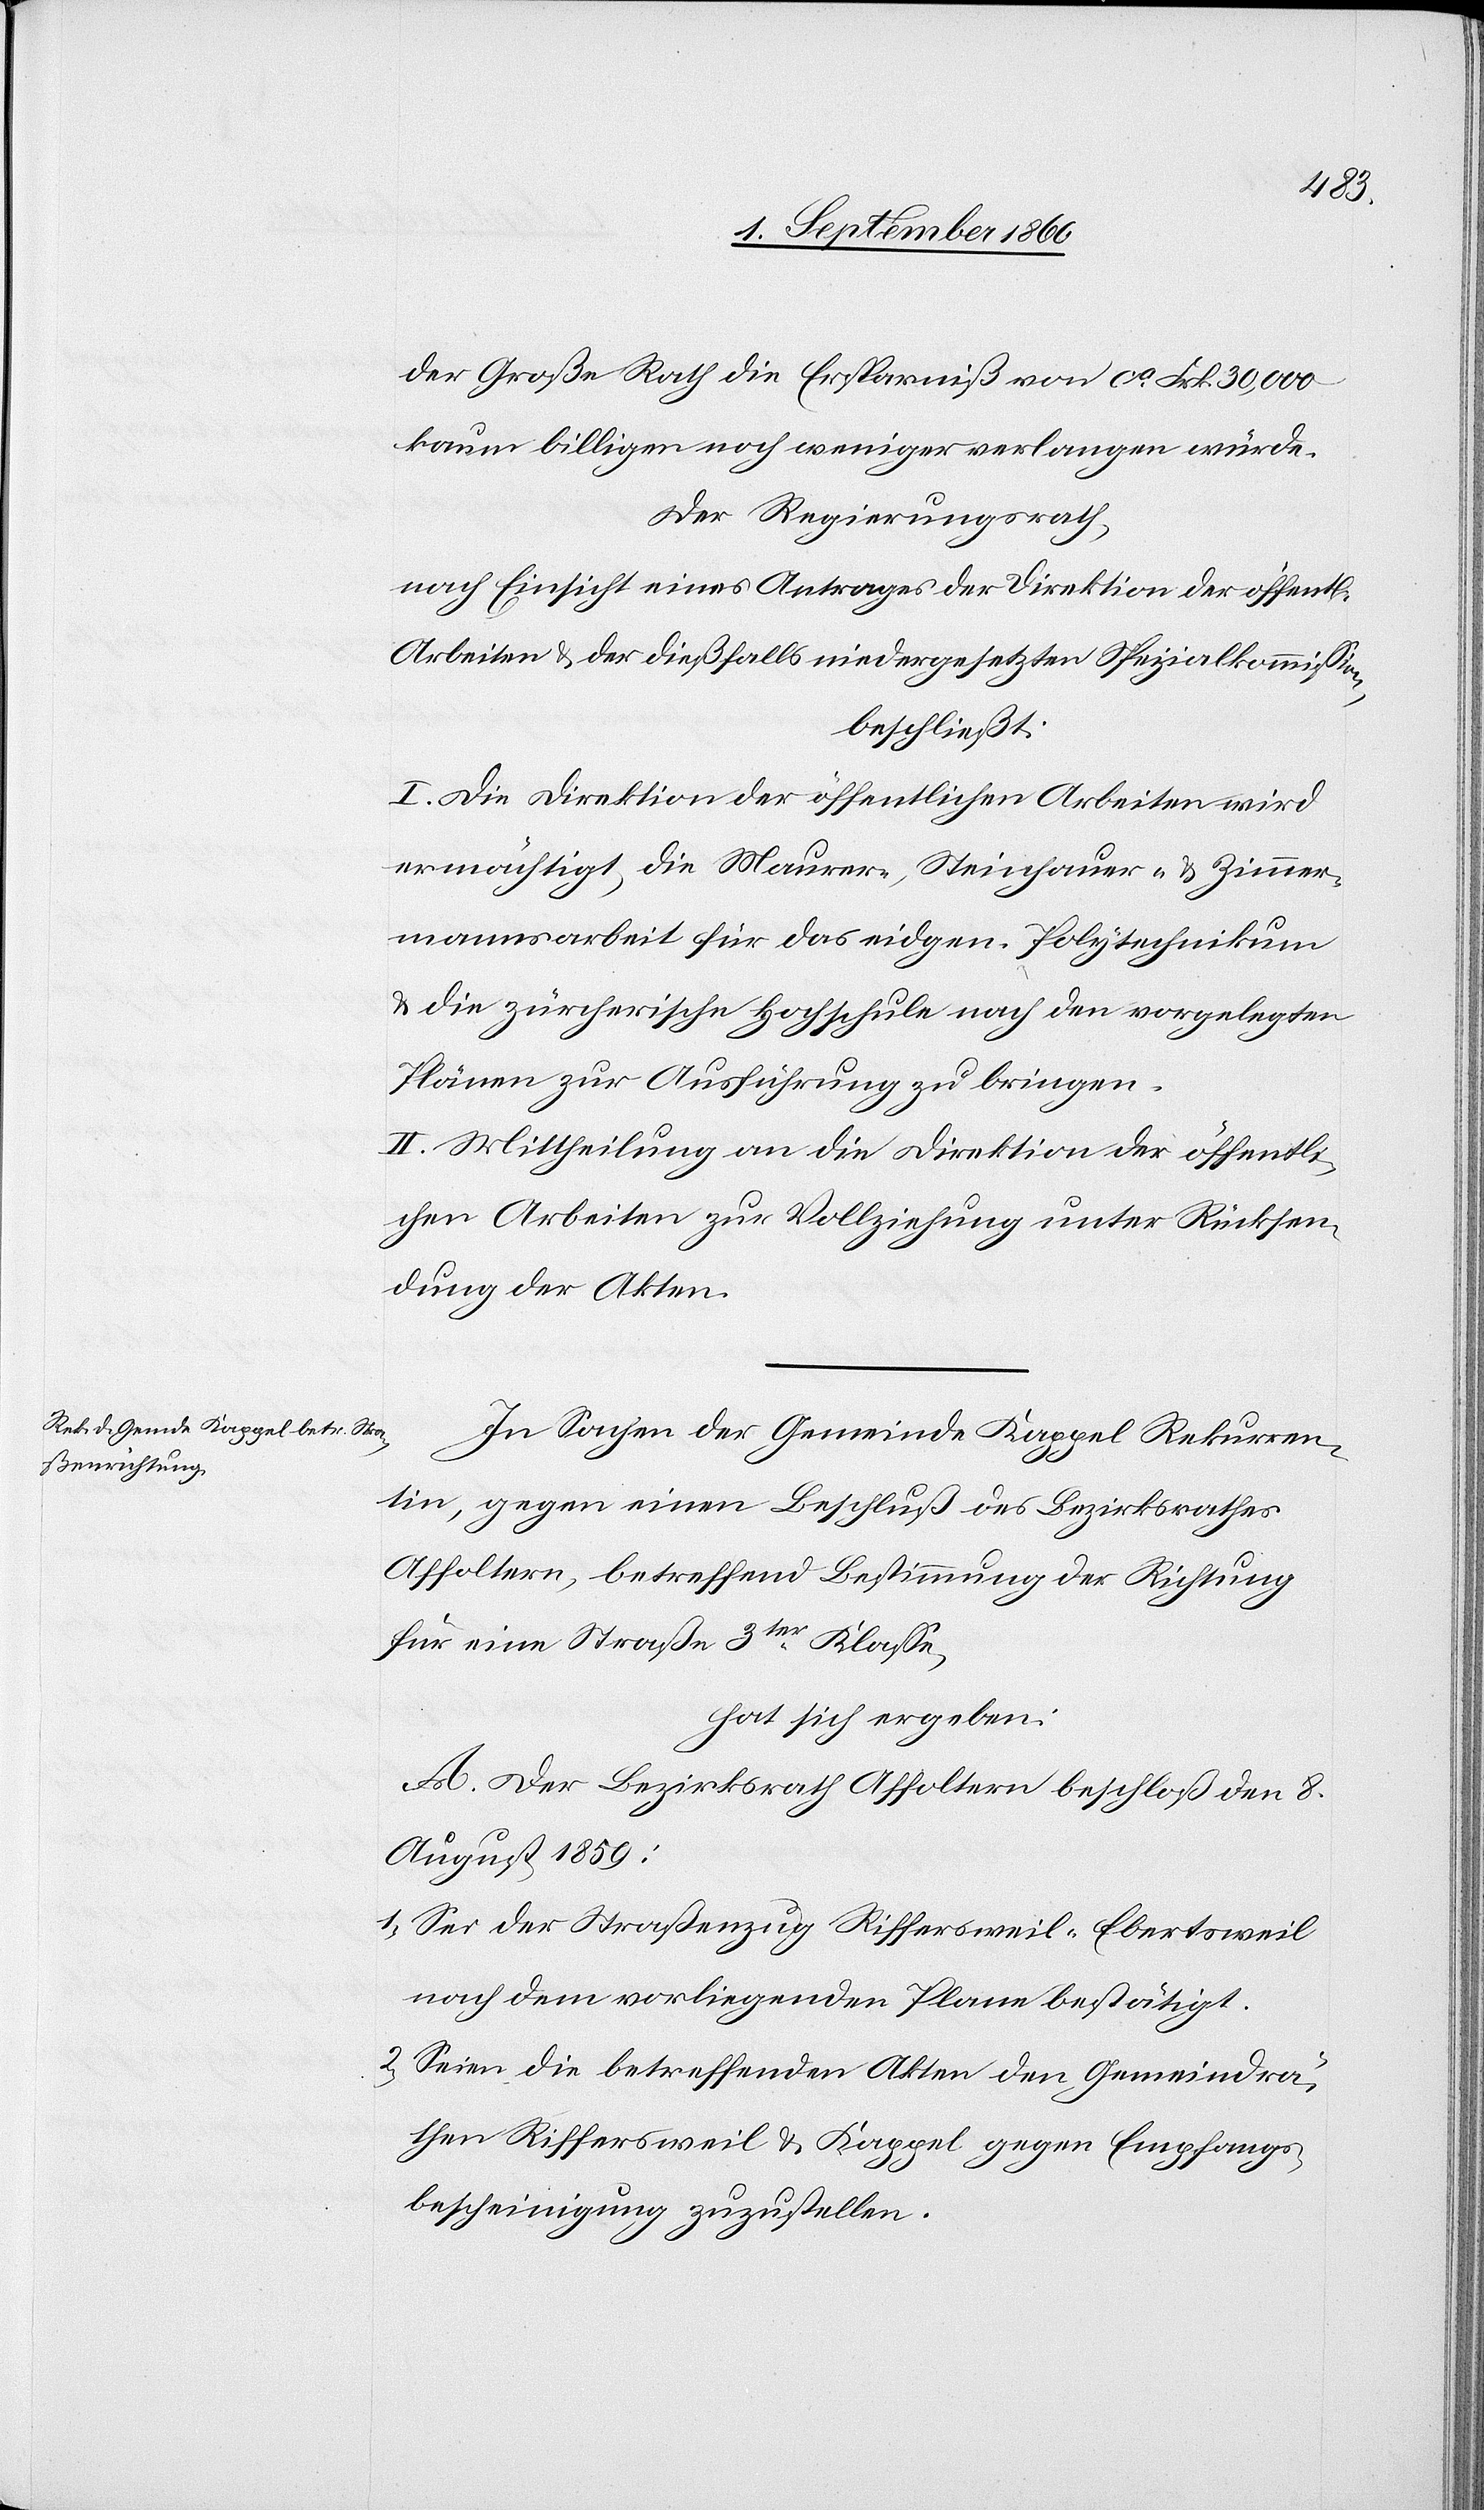
der Richtung

In Sachen der Gemeinde Kappel Rekurren¬
tin gegen einen Beschluß des Bezirksrathes
für eine Strasse 3tr Classe,
hat sich ergeben:
A. Der Bezirksrath Affoltern beschloss den 8t
August 1859:
1) Sei der Strassenzug Riffersweil-Eberstweil
nach dem vorliegenden Plane bestätigt.
2) Seien die betreffenden Akten den Gemeindrä¬
then Riffersweil u. Kappel, gegen Empfangs¬
bescheinigung zuzustellen;